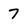
Character: 7